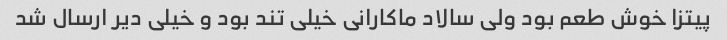
پیتزا خوش طعم بود ولی سالاد ماکارانی خیلی تند بود و خیلی دیر ارسال شد